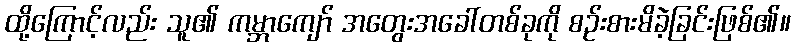
ထို့ကြောင့်လည်း သူ၏ ကမ္ဘာကျော် အတွေးအခေါ်တစ်ခုကို စဉ်းစားမိခဲ့ခြင်းဖြစ်၏။